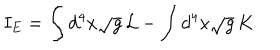
LaTeX: I _ { E } = \int d ^ { 4 } x \sqrt { g } \, { \cal { L } } - \int d ^ { 4 } x \sqrt { g } \, K